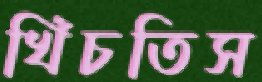
খিঁচতিস